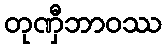
တုဏှီဘာဝဿ